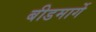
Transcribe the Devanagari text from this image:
बीडमार्गे